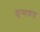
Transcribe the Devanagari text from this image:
कृष्णफल